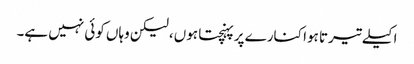
اکیلے تیرتا ہوا کنارے پر پہنچتا ہوں، لیکن وہاں کوئی نہیں ہے۔